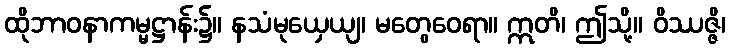
ထိုဘာဝနာကမ္မဋ္ဌာန်း၌။ နသံမုယှေယျ၊ မတွေဝေရာ။ ဣတိ၊ ဤသို့။ ဝိဿဇ္ဇိ၊